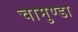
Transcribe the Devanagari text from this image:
चामुण्‍डा